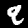
Label: 9